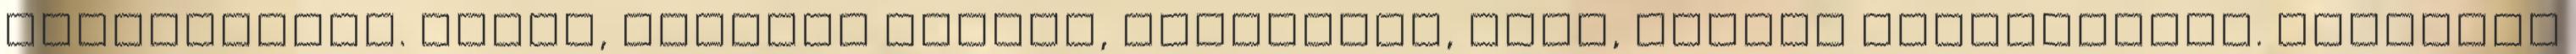
tekintetben. Finom, ízletes ételek, figyelmes, értő, kiváló kiszolgálás. Kellemes